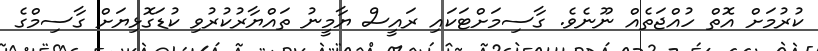
ކުރުމަށް އޮތް ހުއްޖަތެއް ނޫނެވެ. ގާސިމަށްޓަކައި ރައީސް ޔާމީނު ތައްޔާރުކުރުވި ކުޑަގޮޅިޔަށް ގާސިމްގެ